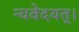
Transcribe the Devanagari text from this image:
न्यवेदयत्।